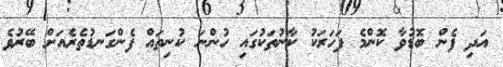
އަދި ފެން ބޮޑުވާ ކޮންމެ ފަހަރަކު ކާނުތަކުގައި ހުންނަ ކުނިތައް ފެންގަނޑުތެރެއަށް ބޭރުވެ